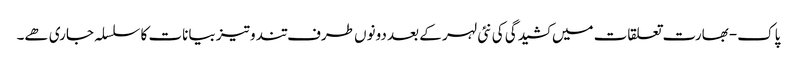
پاک-بھارت تعلقات میں کشیدگی کی نئی لہر کے بعد دونوں طرف تند و تیز بیانات کا سلسلہ جاری ھے۔